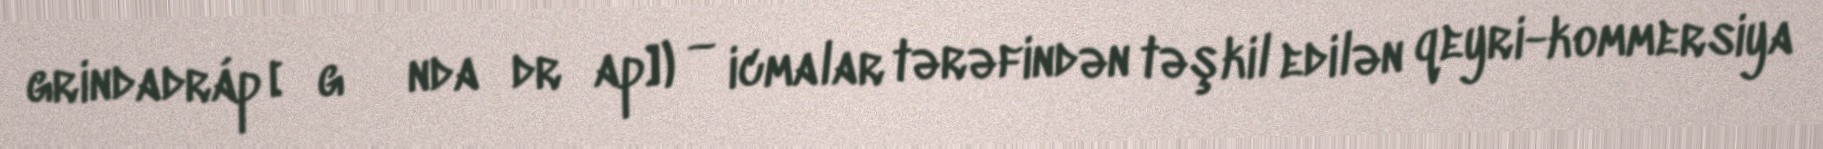
grindadráp [ˈgɹɪndaˌdrɔap]) — icmalar tərəfindən təşkil edilən qeyri-kommersiya